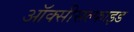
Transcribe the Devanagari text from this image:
ऑक्सीसल्फाइड